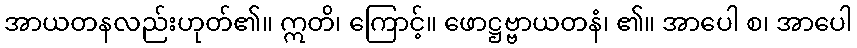
အာယတနလည်းဟုတ်၏။ ဣတိ၊ ကြောင့်။ ဖောဋ္ဌဗ္ဗာယတနံ၊ ၏။ အာပေါ စ၊ အာပေါ